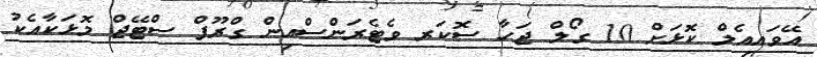
އޭވައިއެލް ކޮޅަށް 10 ގޯލް ޖަހާ ސޮކަރ ވެޓެރަންސްއިން ގްރޫޕް ސްޓޭޖް މޮޅަކާއެކު